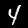
Label: 4